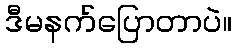
ဒီမနက်ပြောတာပဲ။